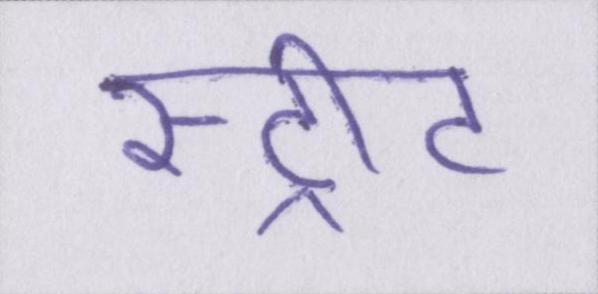
स्ट्रीट